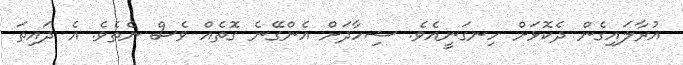
އުރާލައިގެން ދެކޮޅަށް ހިނގަނީއެވެ. ޝިހާދަށް އެންގޭނެ ގޮތެއް ވެސް ނެތެވެ. އެ ދައިތަ